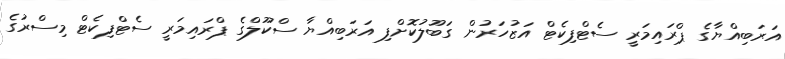
އަރަބިއްޔާގެ ޕްރައިމަރީ ސެޓްފިކެޓް އަޒުހަރުން ގަބޫލުކޮށްފި އަރަބިއްޔާ ސްކޫލްގެ ޕްރައިމަރީ ސެޓްފިކެޓް މިސްރުގެ